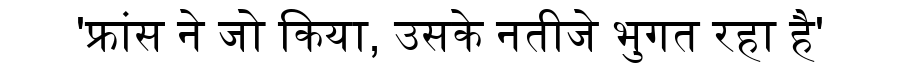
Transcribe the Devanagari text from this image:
'फ्रांस ने जो किया, उसके नतीजे भुगत रहा है'